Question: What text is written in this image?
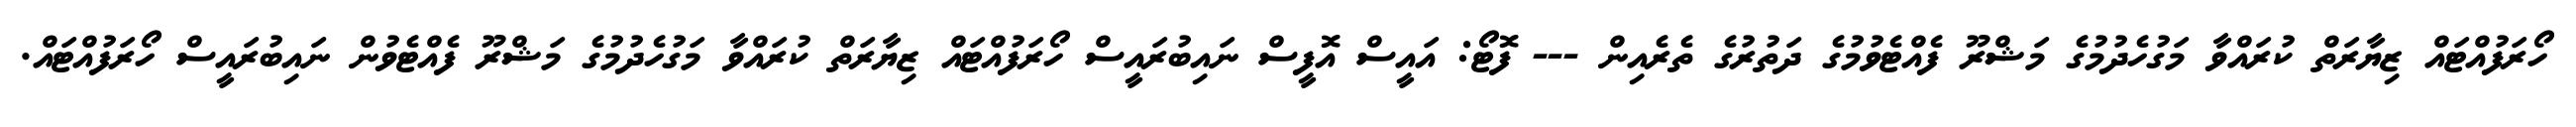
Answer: ހޯރަފުއްޓައް ޒިޔާރަތް ކުރައްވާ މަގުހެދުމުގެ މަޝްރޫ ފެއްޓެވުމުގެ ދަތުރުގެ ތެރެއިން --- ފޮޓޯ: އައީސް އޮފީސް ނައިބުރައީސް ހޯރަފުއްޓައް ޒިޔާރަތް ކުރައްވާ މަގުހެދުމުގެ މަޝްރޫ ފެއްޓެވުން ނައިބުރައީސް ހޯރަފުއްޓައް.